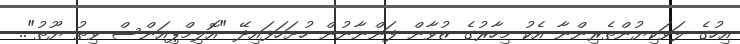
އިހުގެ ލަވަކިޔުންތެރިންނާ އެކު މިހާރުގެ ޒުވާން ފަންނާނުން ހުށަހަޅައިދޭ "އޮލިމްޕިއަންސް ވިތު ޔޫތު"..